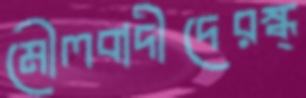
মৌলবাদীদেরস্ক্